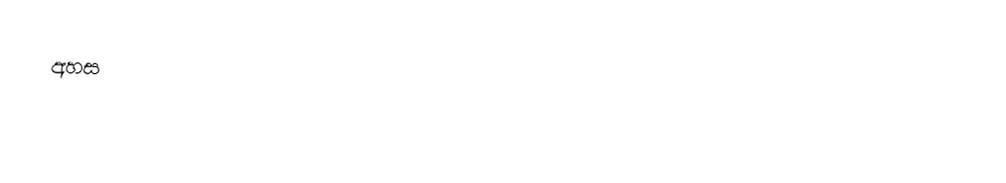
අහස